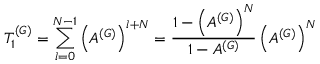
T _ { 1 } ^ { ( G ) } = \sum _ { l = 0 } ^ { N - 1 } \left( A ^ { ( G ) } \right) ^ { l + N } = \frac { 1 - \left( A ^ { ( G ) } \right) ^ { N } } { 1 - A ^ { ( G ) } } \left( A ^ { ( G ) } \right) ^ { N }